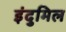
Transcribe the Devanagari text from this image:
इंदुमिल